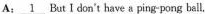
A;\underline{1}But I don't have aping-pong ball.